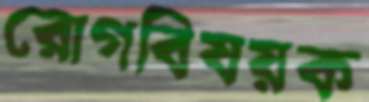
রোগবিষয়ক